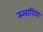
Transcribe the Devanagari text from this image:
स्लाविया